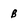
Character: b